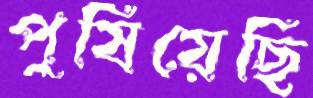
পুষিয়েছি